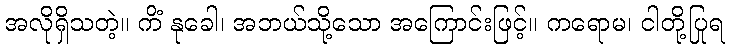
အလိုရှိသတဲ့။ ကိံ နုခေါ၊ အဘယ်သို့သော အကြောင်းဖြင့်။ ကရောမ၊ ငါတို့ပြုရ